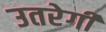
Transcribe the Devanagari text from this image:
उतरेगी